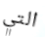
التي